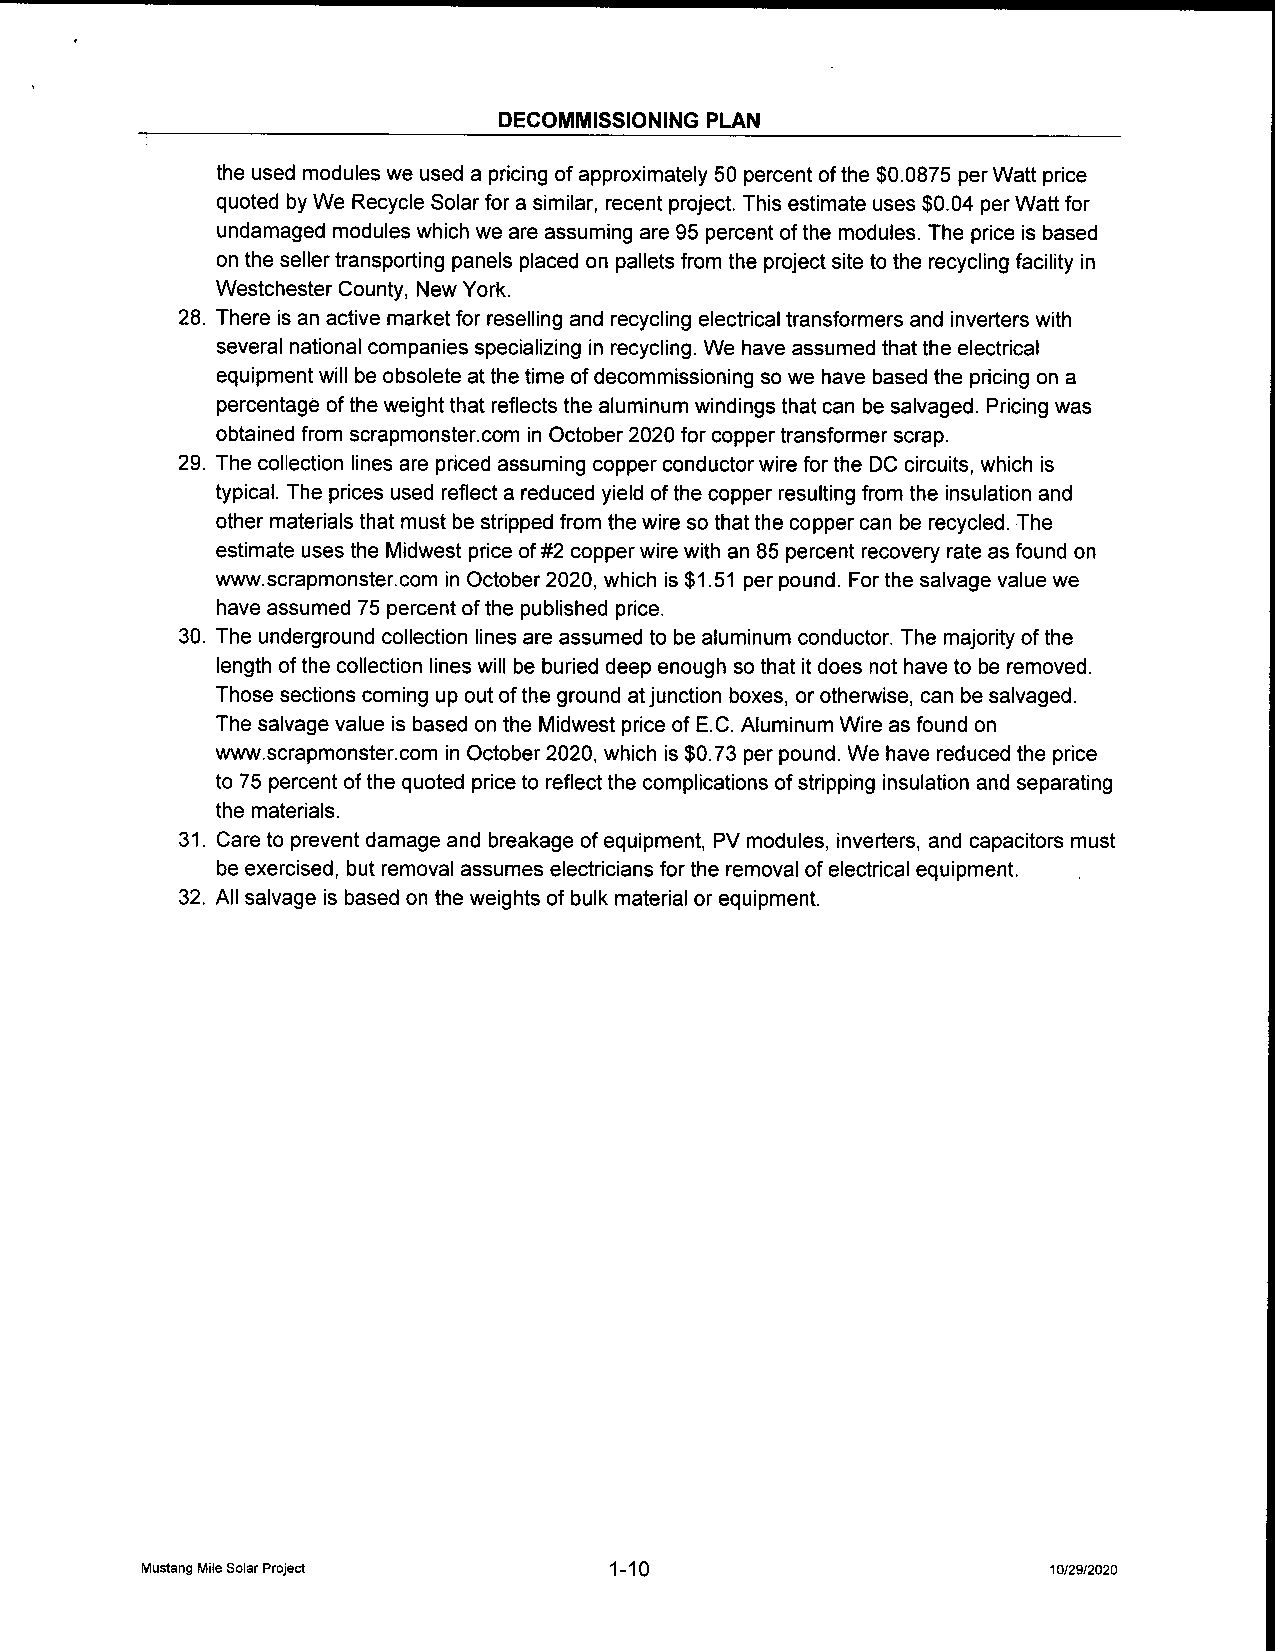
DECOMMISSIONING PLAN
 the used modules we used a pricing of approximately 50 percent of the $0.0875 per Watt price
 quoted by We Recycle Solar for a similar, recent project. This estimate uses$ 0.04 per Watt for
 undamaged modules which we are assuming are 95 percent of the modules. The price is based
 on the seller transporting panels placed on pallets from the project site to the recycling facility in
 Westchester County, New York.
 28. There is an active market for reselling and recycling electrical transformers and inverters with
 several national companies specializing in recycling. We have assumed that the electrical
 equipment will be obsolete at the time of decommissioning so we have based the pricing on a
 percentage of the weight that reflects the aluminum windings that can be salvaged. Pricing was
 obtained from scrapmonster. com in October 2020 for copper transformer scrap.
 29. The collection lines are priced assuming copper conductorwire forthe DC circuits, which is
 typical. The prices used reflect a reduced yield ofthe copper resulting from the insulation and
 other materials that must be stripped from the wire so that the copper can be recycled. The
 estimate uses the Midwest price of# 2 copper wire with an 85 percent recovery rate as found on
 www.scrapmonster. com in October 2020, which is$ 1. 51 per pound. For the salvage value we
 have assumed 75 percent of the published price.
 30. The underground collection lines are assumed to be aluminum conductor. The majority of the
 length of the collection lines will be buried deep enough so that it does not have to be removed.
 Those sections coming up out of the ground atjunction boxes, or otherwise, can be salvaged.
 The salvage value is based on the Midwest price of E.C. Aluminum Wire as found on
 www.scrapmonster.com in October 2020, which is$ 0.73 per pound. We have reduced the price
 to 75 percent of the quoted price to reflect the complications of stripping insulation and separating
 the materials.
 31. Care to prevent damage and breakage ofequipment, PV modules, inverters, and capacitors must
 be exercised, but removal assumes electricians for the removal ofelectrical equipment.
 32. All salvage is based on the weights of bulk material or equipment.
 Mustang Mile SolarProject      1- 10                         10/29/2020